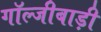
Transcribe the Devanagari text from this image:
गॉल्जीबाड़ी